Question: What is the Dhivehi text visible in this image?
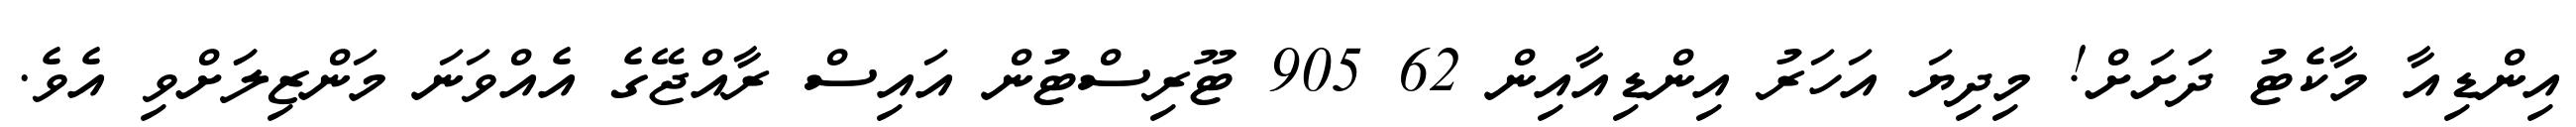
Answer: އިންޑިއާ މާކެޓު ދަަށަށް! މިދިޔަ އަހަރު އިންޑިއާއިން 62 905 ޓޫރިސްޓުން އައިސް ރާއްޖޭގެ އެއްވަނަ މަންޒިލަަށްވި އެވެ.